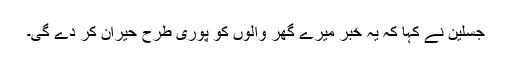
جسلین نے کہا کہ یہ خبر میرے گھر والوں کو پوری طرح حیران کر دے گی۔